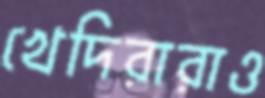
খেদিরারাও